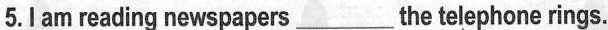
5.I am reading newspapers___the telephone rings.